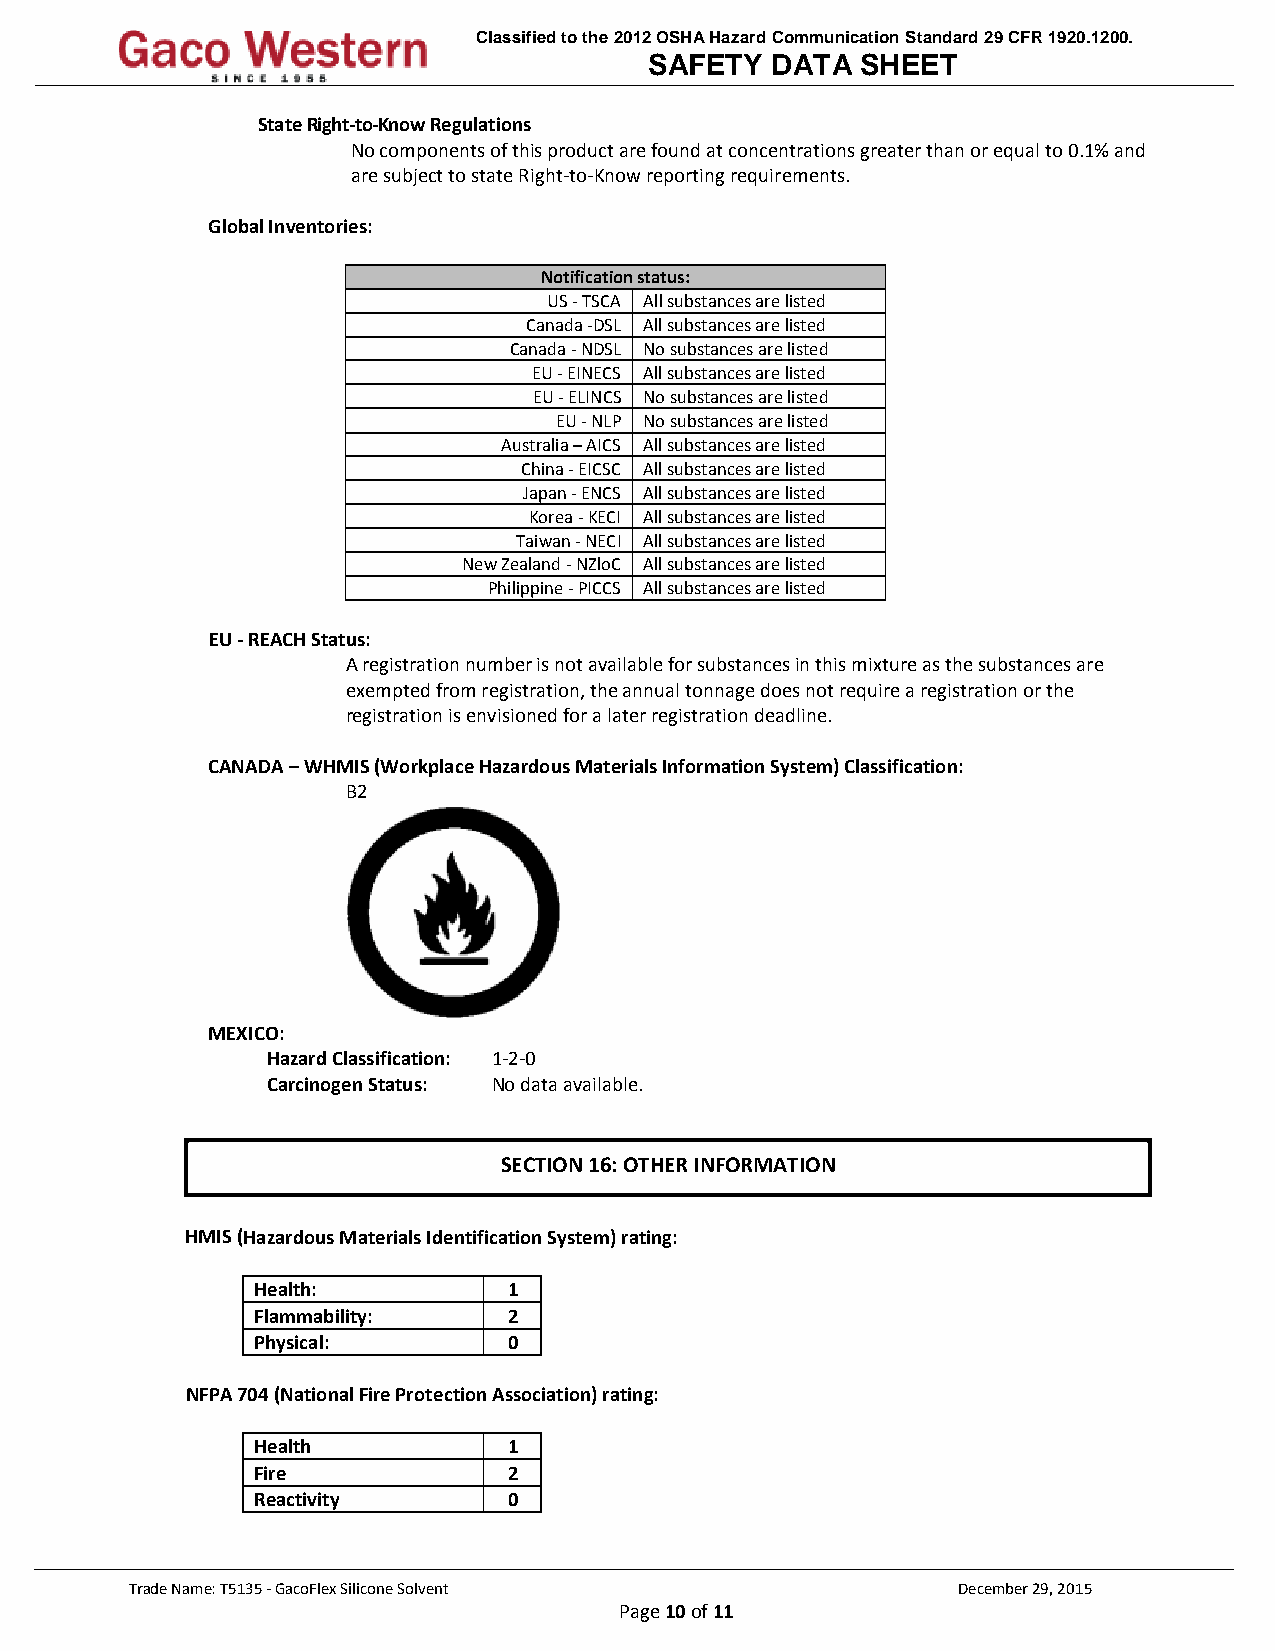
Classified to the 2012 OSHA Hazard Communication Standard 29 CFR 1920.1200.
 SAFETY  DATA  SHEET
 State Right-to-Know Regulations
 No components of this product are found at concentrations greater than or equal to 0.1% and
 are subject to state Right-to-Know reporting requirements.
 Global Inventories:
 Notification status:
 US - TSCA All substances are listed
 Canada -DSL All substances are listed
 Canada - NDSL No substances are listed
 EU - EINECS All substances are listed
 EU - ELINCS No substances are listed
 EU - NLP No substances are listed
 Australia – AICS All substances are listed
 China - EICSC All substances are listed
 Japan - ENCS All substances are listed
 Korea - KECI All substances are listed
 Taiwan - NECI All substances are listed
 New Zealand - NZloC All substances are listed
 Philippine - PICCS All substances are listed
 EU - REACH Status:
 A registration number is not available for substances in this mixture as the substances are
 exempted from registration, the annual tonnage does not require a registration or the
 registration is envisioned for a later registration deadline.
 CANADA – WHMIS (Workplace Hazardous Materials Information System) Classification:
 B2
 MEXICO:
 Hazard Classification: 1-2-0
 Carcinogen Status: No data available.
 SECTION 16: OTHER INFORMATION
 HMIS (Hazardous Materials Identification System) rating:
 Health:          1
 Flammability:    2
 Physical:        0
 NFPA 704 (National Fire Protection Association) rating:
 Health           1
 Fire             2
 Reactivity       0
 Trade Name: T5135 - GacoFlex Silicone Solvent         December 29, 2015
 Page 10 of 11